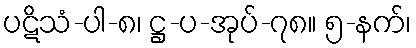
ပဋိသံ-ပါ-၈၊ ဋ္ဌ-ပ-အုပ်-၇၈။ ၅-နက်၊